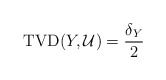
\begin{align*}\mathrm{TVD}(Y, \mathcal{U})& = \frac{\delta_Y}{2}\end{align*}